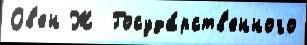
Ов'ен Ж  Госуда́рств'енного